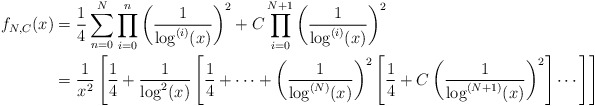
\begin{align*}f_{N,C}(x) &= \frac14\sum_{n = 0}^N \prod_{i = 0}^n \left(\frac{1}{\log^{(i)}(x)}\right)^2 + C\prod_{i = 0}^{N + 1}\left(\frac{1}{\log^{(i)}(x)}\right)^2\\&= \frac1{x^2}\left[\frac14 + \frac{1}{\log^2(x)}\left[\frac14 + \cdots + \left(\frac{1}{\log^{(N)}(x)}\right)^2\left[\frac14 + C\left(\frac{1}{\log^{(N + 1)}(x)}\right)^2\right]\cdots\right]\right]\end{align*}